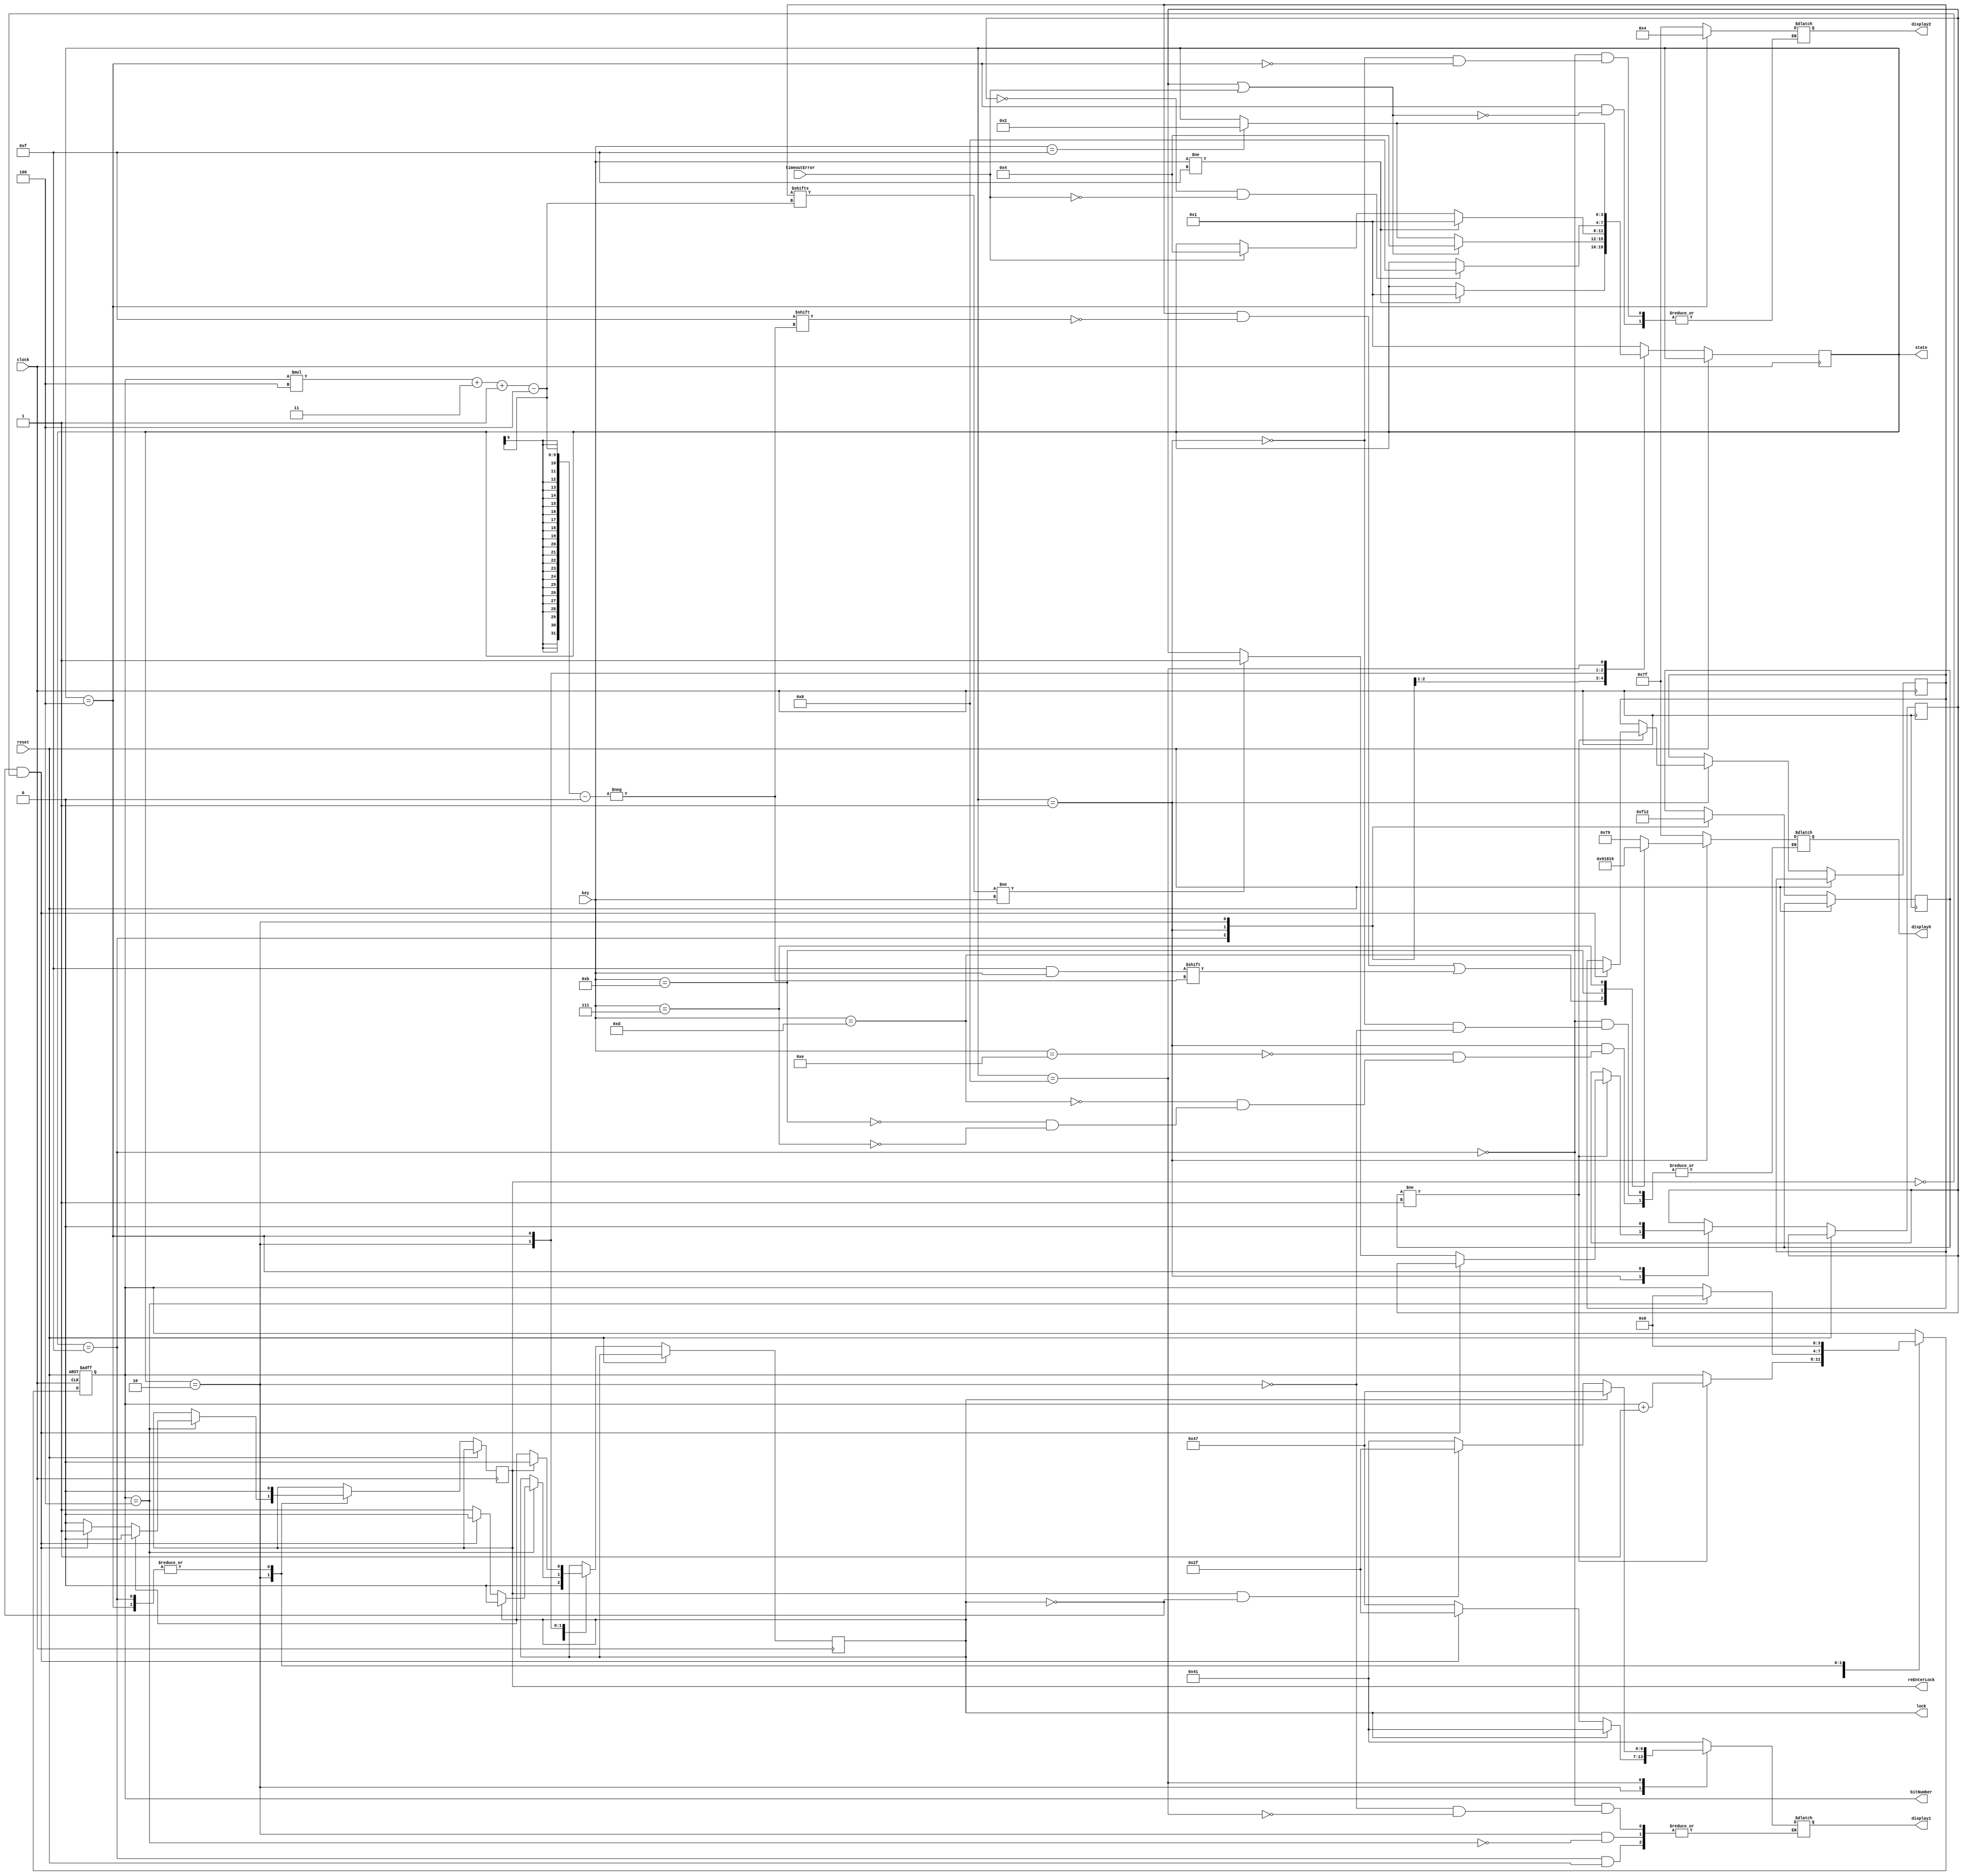
module digitalLock #(
	parameter numberOfDigits=4			//length of sequence parameter
)
(
	input clock, 
   input reset,
	input [3:0] key,
	input timeoutError,		  //input from counter module
	output reg  reEnterLock,
	output reg [3:0] state,   //can be commented out if not debugging 
	output reg lock,
	output reg [3:0] bitNumber,
	output reg [6:0] display0,		//used to display key press
	output reg [6:0] display1,		//used to display current mode of system
	output reg [6:0] display2		//used to display error
);

reg [(4*numberOfDigits)-1:0] setLock; //used to hold locking sequence
reg error;
reg [3:0] previousState;

/*state machine register. Declared as output port for debugging purpose.
  Can be uncommented if not debugging. */
//reg [3:0] state;	

//Local Parameters used to define state names
localparam INITIAL     = 4'b1111;
localparam KEY_PRESSED = 4'b0001;
localparam IDLE        = 4'b0010;
localparam ERROR       = 4'b0100;
localparam DISPLAY     = 4'b1000;

initial begin
	bitNumber<=4'b0000;
	error<=1'b0;
	display0<=7'b1111111;
	display1<=7'b1111111;
	display2<=7'b1111111;
	state<=INITIAL;
end

//outputs for each state
always @ (state) begin

	case (state)
		INITIAL : begin //state INITIAL behaviour
			display2<=7'b1111111;
			if(reset==1'b0) begin
				display1<=7'b1000001;
			end
			display0<=7'b1111111;
	   end
      KEY_PRESSED: begin //state KEY_PRESSED behaviour
			display2<=7'b1111111;
			case(key)		//output display0 is dependent on key input
				4'b1110:display0<=7'b1111001;
				4'b1101:display0<=7'b0100100;
				4'b1011:display0<=7'b0110000;
				4'b0111:display0<=7'b0011001;
			endcase
      end
		IDLE: begin //state IDLE behaviour
			display0<=7'b1111111;
			//executed if required number of keys are pressed
			if(bitNumber==(numberOfDigits)) begin
				if(lock==1'b1) begin
					display1<=7'b1000001;
				end
				else begin 
					if(reEnterLock==1'b0 && lock==1'b0) begin
						display1<=7'b0101111;
					end	
					else begin
						display1<=7'b1000111;
					end	
				end
			end
		end		
		ERROR: begin //state ERROR behaviour
			if(error==1'b1 || timeoutError==1'b1) begin
				display2<=7'b0000100;
			end
		end
		DISPLAY: begin //state DISPLAY behaviour
			if(lock==1'b1) begin
				display1<=7'b1000111;
			end
			else begin 
				if(reEnterLock==1'b1 && lock==1'b0) begin
					display1<=7'b0101111;
				end	
				else begin
					display1<=7'b1000001;
				end	
			end
		end
   endcase
end


//state transitions, which are synchronous
always @(posedge clock or posedge reset) begin
    if (reset) begin
        bitNumber<=4'b0000;
    end else begin
        case (state)
				INITIAL: begin		//state INITIAL behaviour
					if(reset==1'b0) begin
						lock<=1'b0;
						reEnterLock<=1'b0;
					end
					bitNumber<=4'b0000;
					previousState<=INITIAL;
					//state transition if a key is pressed
					if(key!=4'b1111) begin
						state<= KEY_PRESSED;
					end				
				end	 
            KEY_PRESSED: begin //state KEY_PRESSED behaviour
               //state transition if key is released
					if(key==4'b1111) begin
						state <= IDLE;
				   end
					if(previousState!=KEY_PRESSED) begin
						//sequence is set
						if(lock==1'b0 && reEnterLock==1'b0) begin
							setLock[((bitNumber*4)+3)-:4]<=key;
						end
						//sequence is verified
						else begin
							if(setLock[((bitNumber*4)+3)-:4] != key) begin
								error<=1'b1;
							end
						end
						bitNumber<=bitNumber+1;
					end
					previousState<=KEY_PRESSED;		
					//state transition if error occurs
				   if(error==1'b1 || timeoutError==1'b1) begin
						state<=ERROR;
			  	   end
            end
				IDLE: begin  //state IDLE behaviour
					//state transition if error occurs
					if(timeoutError==1'b1) begin
						state<=ERROR;
			  	   end
					//executed if required number of keys are pressed
					if(bitNumber==(numberOfDigits)) begin
						//system mode changes from locked to unlocked mode
						if(lock==1'b1) begin		
							lock<=1'b0;
							reEnterLock<=1'b0;
						end
						else begin 
							//system mode changes from unlocked to re-enter mode
							if(reEnterLock==1'b0 && lock==1'b0) begin
								lock<=1'b0;
								reEnterLock<=1'b1;
							end	
							//system mode changes from re-enter to locked mode
							else begin
								lock<=1'b1;
								reEnterLock<=1'b0;
							end	
						end
						bitNumber<=4'b0000;
				   end
					previousState<=IDLE;
					//state transition if a key is pressed
					if(key!=4'b1111) begin  
						state<= KEY_PRESSED;
					end
				end
				ERROR: begin //state ERROR behaviour
					if(reEnterLock==1'b1) begin
						reEnterLock<=1'b0;
						lock<=1'b0;	
					end
					error<=1'b0;
					bitNumber<=4'b0000;
					//state transition if error is cleared
					if(error==1'b0 && timeoutError==1'b0) begin
						state<=DISPLAY;
					end
				end
				DISPLAY: begin  //state DISPLAY behaviour
					//state transition to start detecting sequence
					if(key==4'b1111) begin
						state<=IDLE;
					end	
				end
				default: begin
					state <= KEY_PRESSED;             
				end 
        endcase
	end
end

endmodule